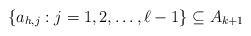
LaTeX: \begin{align*}\{ a_{h,j} : j=1,2,\ldots, \ell-1 \} \subseteq A_{k+1}\end{align*}